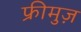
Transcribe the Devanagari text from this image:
फ्रीमुज़